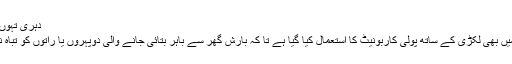
دہری تہوں کے ساتھ
اِس مثال میں بھی لکڑی کے ساتھ پولی کاربونیٹ کا استعمال کیا گیا ہے تا کہ بارش گھر سے باہر بتائی جانے والی دوپہروں یا راتوں کو تباہ نہ کر دے۔